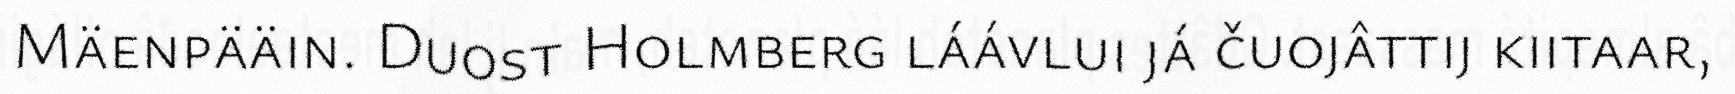
Mäenpääin. Duost Holmberg láávlui já čuojâttij kiitaar,